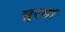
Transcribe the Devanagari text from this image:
सुरभा